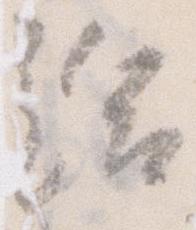
給